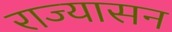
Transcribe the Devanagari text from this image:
राज्यासन